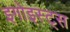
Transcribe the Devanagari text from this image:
इगोइस्ट्स